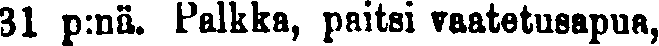
31 p:nä. palkka, paitsi vaatetusapua,